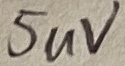
Text: 5uV